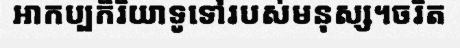
អាកប្បកិរិយាទូទៅរបស់មនុស្ស។ចរិត